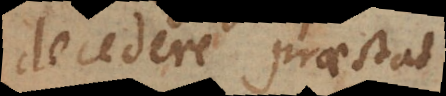
decedere praestat